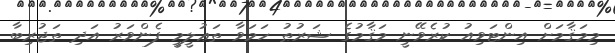
މިމަޤާމަށް އިންޓަވިއު ކުރެވޭނީ މަޤާމުގެ ޝަރުޠު ހަމަވާ ތަޢުލީމީ ފެންވަރު އަދި ތަޖުރިބާ